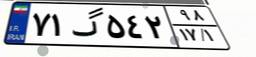
۷۹گ۳۰۲۲۹